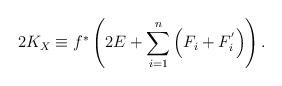
LaTeX: \begin{align*} 2K_X & \equiv f^*\left( 2E + \sum\limits_{i=1}^{n}{\left( F_{i}+F_{i}^{'}\right) }\right). \end{align*}